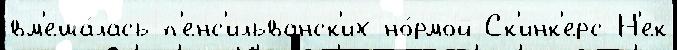
вм'еша́лась п'енс'ильванск'их но́рмой Ск'инк'ерс-Н'ек